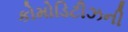
કોમોડિટીઝની